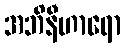
အဘိနီဟာရော